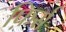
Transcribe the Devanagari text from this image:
फ़िर्स